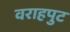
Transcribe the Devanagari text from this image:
वराहपुट